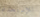
للإستخدام